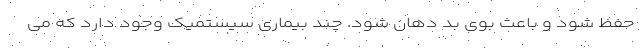
حفظ شود و باعث بوی بد دهان شود. چند بیماری سیستمیک وجود دارد که می